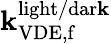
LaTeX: \mathbf{k}_{\mathrm{{VDE,f}}}^{\mathrm{{light/dar\mathbf{k}}}}